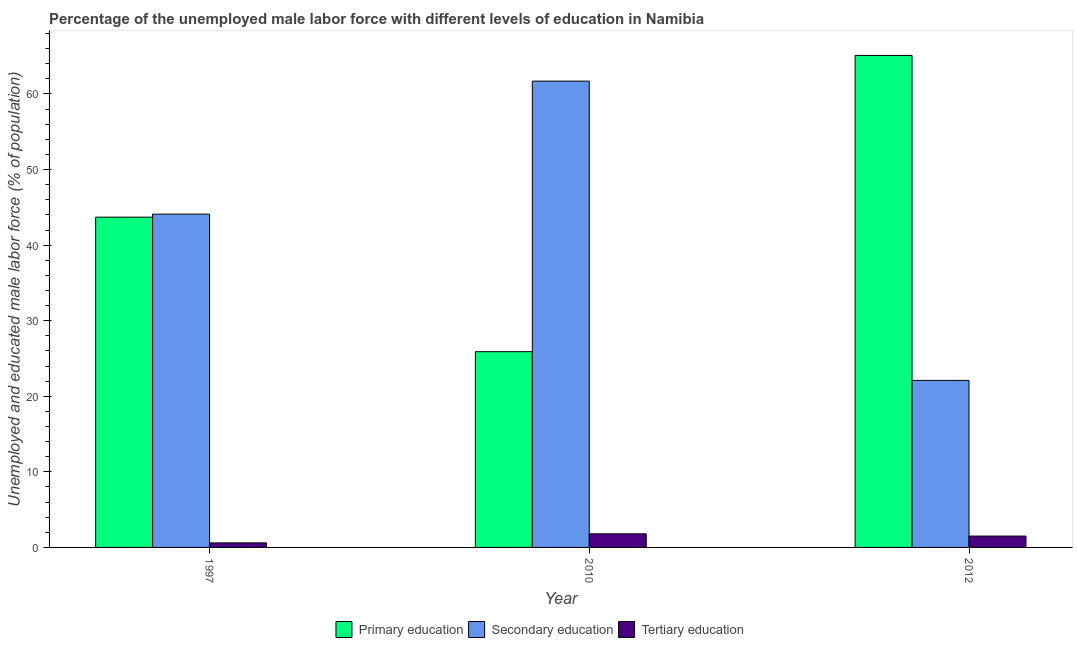
| Year | Primary education | Secondary education | Tertiary education |
 | --- | --- | --- | --- |
 | 1997 | 43.7 | 44.1 | 0.6 |
 | 2010 | 25.9 | 61.7 | 1.8 |
 | 2012 | 65.1 | 22.1 | 1.5 |